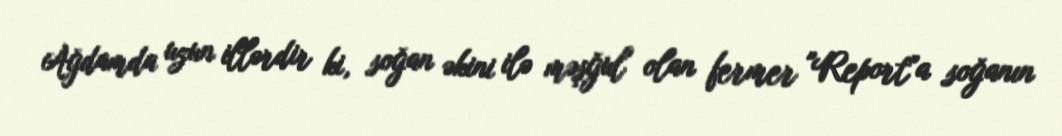
Ağdamda uzun illərdir ki, soğan əkini ilə məşğul olan fermer "Report"a soğanın